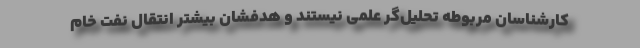
کارشناسان مربوطه تحلیل‌گر علمی نیستند و هدفشان بیشتر انتقال نفت خام